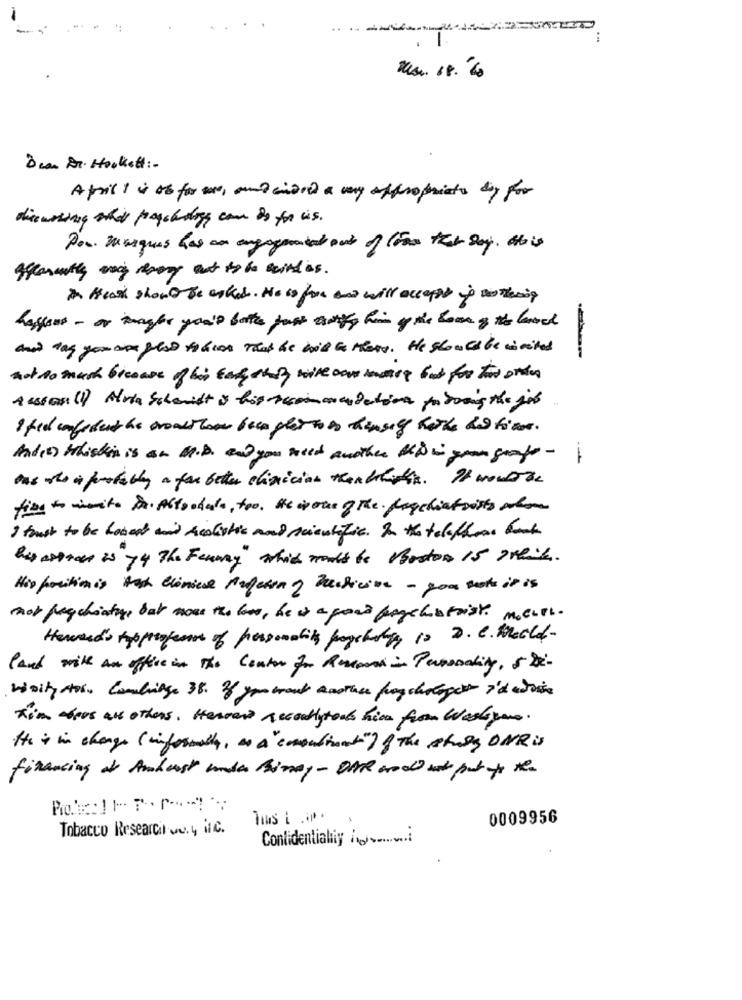
. 1
Dean Dr. Hookett :-
April 1 is of for me, and cided a vy appropriate day for
discussing shil pagehtlogg can do for us.
Por. masques has an engagement out of town that Day. this
fferecently may resory out to te with as .
In Heath should Be asked. No is for an will accept if nothing
hagfors - or magles you'd botte post county him of the book of the lancet
don't dag you are glos tha was That he will be there. He should be winsted
not to much bresass of his taky they with con moins bad for two onde
Aussen (1) Muta Schmidt is his recommendation for booing the job
And(D) Whichit is an M.D. and you wild another MDi gran grafo-
was the is probably a far better clinician manblirtin. It woulde
fine to write Dr. Astoodale, too, He vous ofthe. fischiatoists who
I trust to be honest wand Realistic mond scientific. In the telephone bank
Bisestrace is 74 The Fenway" which would be Boston Is preis.
His positionis Auch einice Arating Duchicine - you make it is
not pequhiatus but more the loss, he is a good boychatoist. mener.
Hewerd's typprofesor of personality pageholy 10 D. C. World-
land with an office in the Center for Research Personality, 5 Do-
Wsiky tos, Cambridge 38. 36 you want another ponchotaget i'd whois
Tim fees all others, Herrers accouttytods him from Wastyone.
the + in change ( informally, " A "conection") of The study ONRis
financing at Amherst under Binay- DAR wood with put to the
Tas ...
0009956
Tobacco Research way inc.
Confidentiality i ......